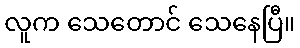
လူက သေတောင် သေနေပြီ။